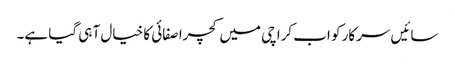
سائیں سرکار کو اب کراچی میں کچرا صفائی کا خیال آ ہی گیا ہے۔